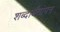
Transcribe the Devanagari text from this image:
शब्दार्थगोपन